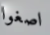
اصغوا